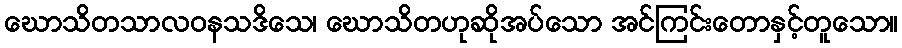
ဃောသိတသာလဝနသဒိသေ၊ ဃောသိတဟုဆိုအပ်သော အင်ကြင်းတောနှင့်တူသော။